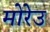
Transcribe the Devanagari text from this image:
मोरेउ